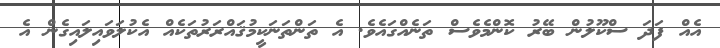
އެއް ފަދަ ސްކޫލުން ބޭރު ކޮންމެވެސް ތަނެއްގައެވެ. އެ ތަންތަނަކީމުޤައްރަރުތަކެއް އެކުލަވައިލައިގެން އެ